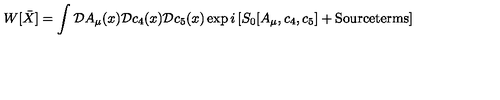
W [ \bar { X } ] = \int { \cal D } A _ { \mu } ( x ) { \cal D } c _ { 4 } ( x ) { \cal D } c _ { 5 } ( x ) \exp { i \left[ S _ { 0 } [ A _ { \mu } , c _ { 4 } , c _ { 5 } ] + \mathrm { S o u r c e t e r m s } \right] }